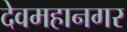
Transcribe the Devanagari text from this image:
देवमहानगर